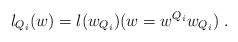
LaTeX: \begin{align*}\l_{Q_i}(w) = \l(w_{Q_i})(w = w^{Q_i} w_{Q_i})\ .\end{align*}